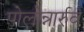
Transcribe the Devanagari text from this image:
पोलोन्नारुव